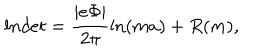
l n d e t = \frac { | e \Phi | } { 2 \pi } \ln ( m a ) + R ( m ) ,